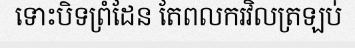
ទោះបិទព្រំដែន តែពលករវិលត្រឡប់